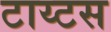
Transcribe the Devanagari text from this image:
टाय्टस